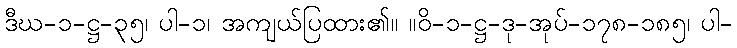
ဒီဃ-၁-ဋ္ဌ-၃၅၊ ပါ-၁၊ အကျယ်ပြထား၏။ ။ဝိ-၁-ဋ္ဌ-ဒု-အုပ်-၁၇၈-၁၈၅၊ ပါ-